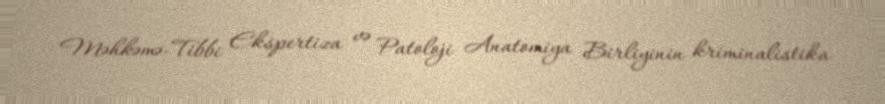
Məhkəmə-Tibbi Ekspertiza və Patoloji Anatomiya Birliyinin kriminalistika